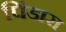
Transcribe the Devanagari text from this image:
पिंडारा